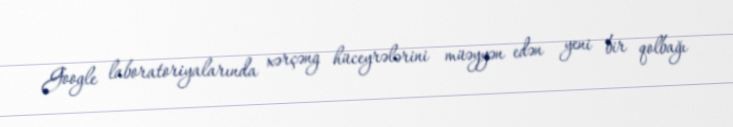
Google laboratoriyalarında xərçəng hüceyrələrini müəyyən edən yeni bir qolbağı